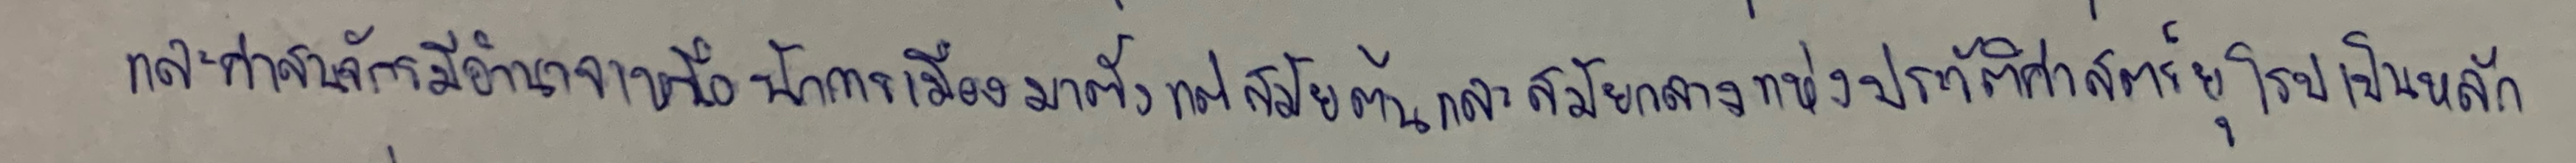
และศาสนจักรมีอำนาจเหนือนักการเมืองมาตั้งแต่สมัยต้นและสมัยกลางแห่งประวัติศาสตร์ยุโรปเป็นหลัก